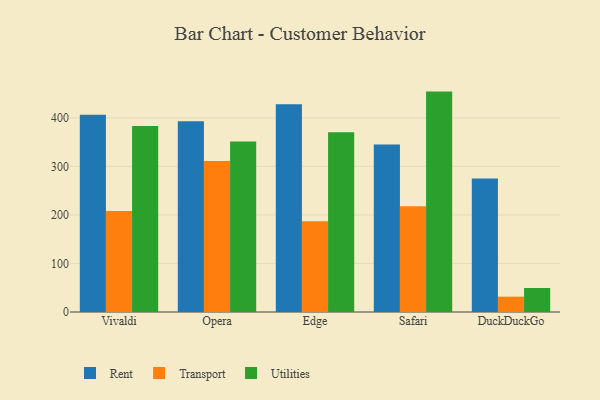
{"axis": {"x": "Browser", "y": "Population (Million)"}, "legend": ["Rent", "Transport", "Utilities"], "data": [{"x": "Vivaldi", "y": 406.5, "type": "Rent"}, {"x": "Vivaldi", "y": 208.1, "type": "Transport"}, {"x": "Vivaldi", "y": 383.4, "type": "Utilities"}, {"x": "Opera", "y": 392.8, "type": "Rent"}, {"x": "Opera", "y": 311.0, "type": "Transport"}, {"x": "Opera", "y": 351.2, "type": "Utilities"}, {"x": "Edge", "y": 428.2, "type": "Rent"}, {"x": "Edge", "y": 187.1, "type": "Transport"}, {"x": "Edge", "y": 370.4, "type": "Utilities"}, {"x": "Safari", "y": 345.3, "type": "Rent"}, {"x": "Safari", "y": 218.1, "type": "Transport"}, {"x": "Safari", "y": 454.1, "type": "Utilities"}, {"x": "DuckDuckGo", "y": 275.0, "type": "Rent"}, {"x": "DuckDuckGo", "y": 31.6, "type": "Transport"}, {"x": "DuckDuckGo", "y": 49.5, "type": "Utilities"}]}